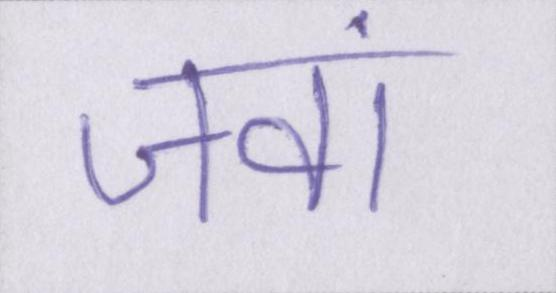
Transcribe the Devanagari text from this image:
जवां